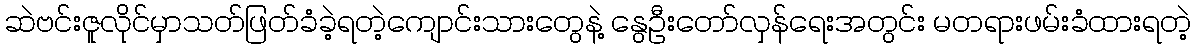
ဆဲဗင်းဇူလိုင်မှာသတ်ဖြတ်ခံခဲ့ရတဲ့ကျောင်းသားတွေနဲ့ နွေဦးတော်လှန်ရေးအတွင်း မတရားဖမ်းခံထားရတဲ့